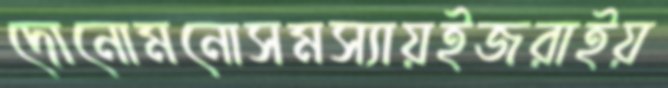
দোনোমনোসমস্যায়ইজরাইয়